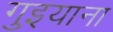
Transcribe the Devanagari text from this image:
गुइयाना